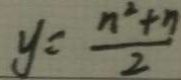
y = \frac { n ^ { 2 } + n } { 2 }